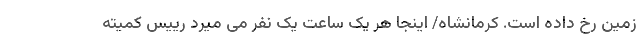
زمین رخ داده است. کرمانشاه/ اینجا هر یک ساعت یک نفر می میرد رییس کمیته